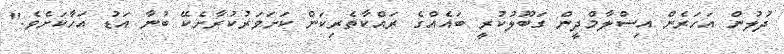
ދުލުން އަހަރެން އިިސްލާމްދީން ގަބޫލުކުރީ ބައެއްގެ ރައްކާތެރިކަން ކަށަވަރުކުރާށެކޭ ބުނާ އަޑު އަހާކަށެވެ."